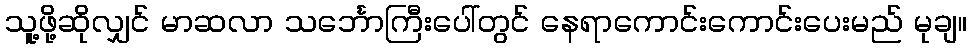
သူ့ဖို့ဆိုလျှင် မာဆလာ သင်္ဘောကြီးပေါ်တွင် နေရာကောင်းကောင်းပေးမည် မုချ။